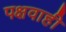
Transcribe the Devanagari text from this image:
पक्षवाही